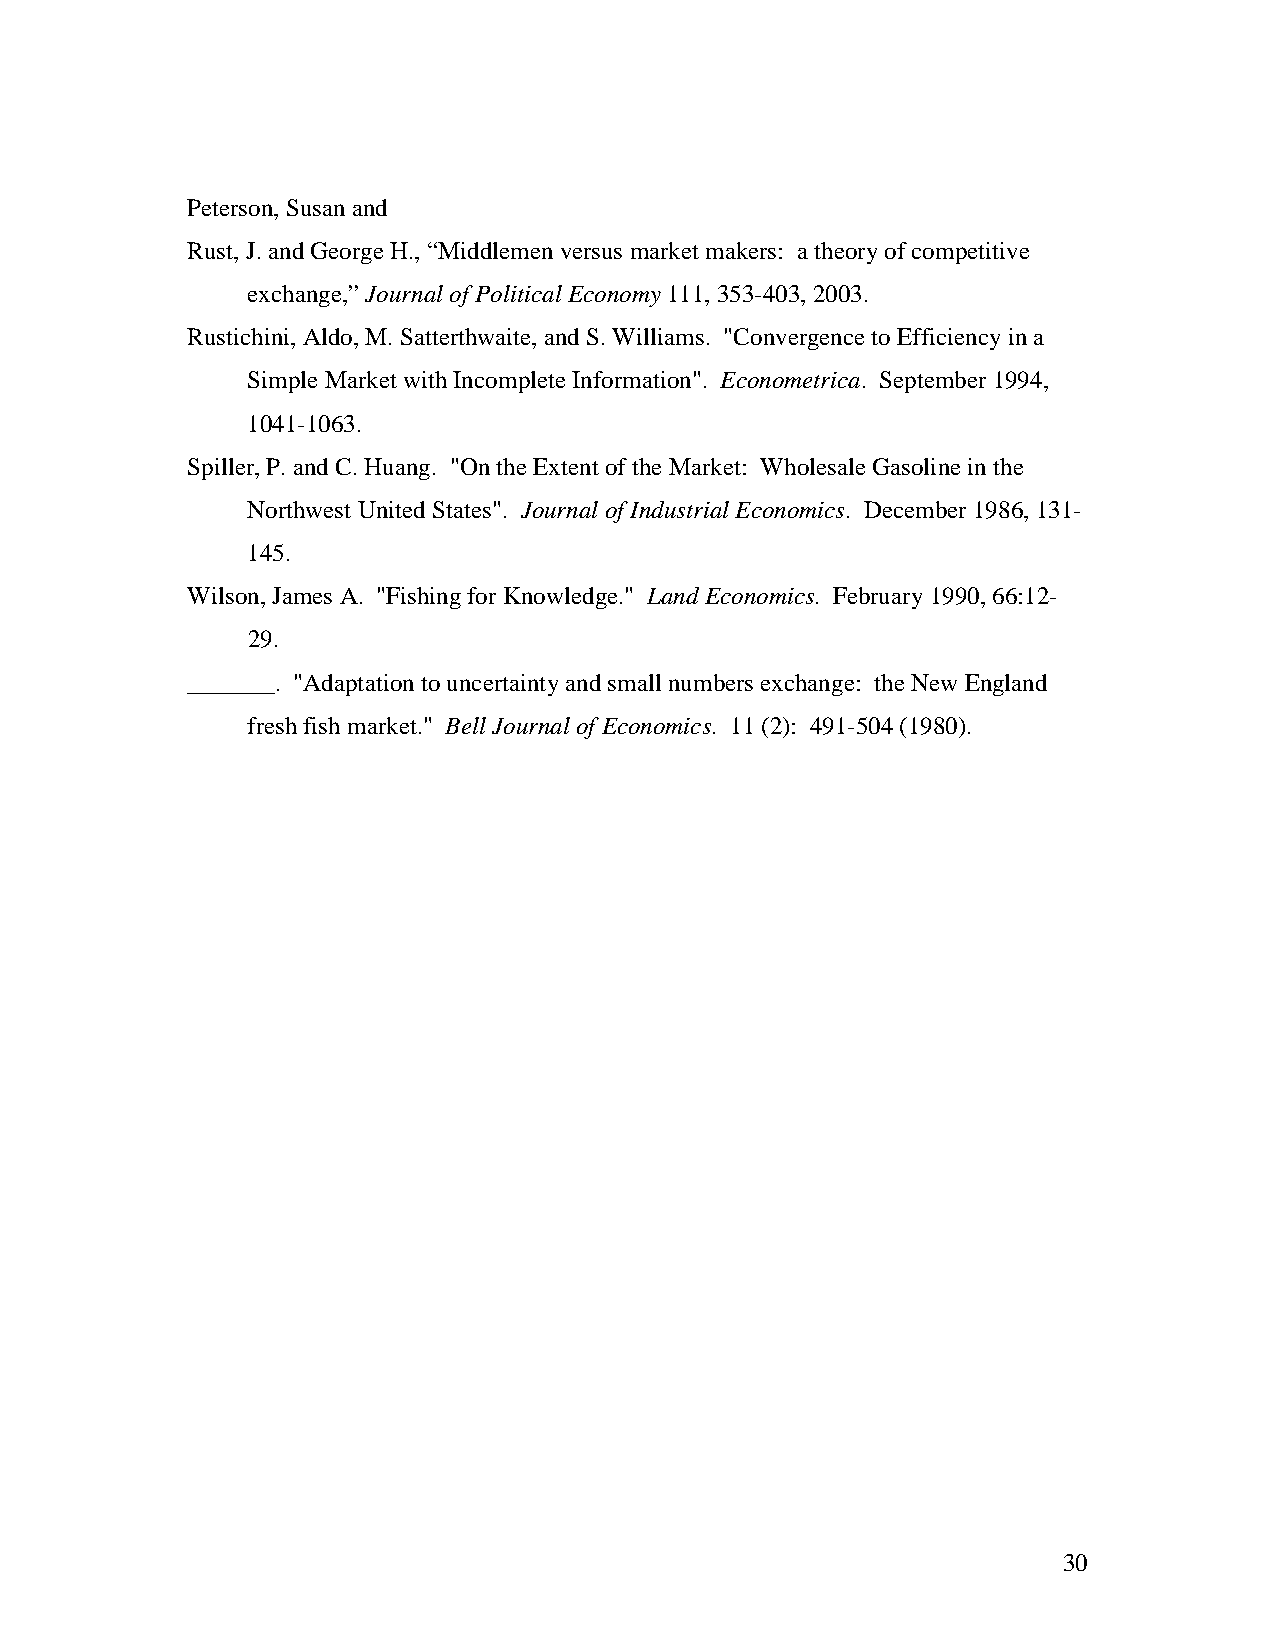
Peterson, Susan and
 Rust, J. and George H., “Middlemen versus market makers: a theory of competitive
 exchange,” Journal of Political Economy 111, 353-403, 2003.
 Rustichini, Aldo, M. Satterthwaite, and S. Williams. "Convergence to Efficiency in a
 Simple Market with Incomplete Information". Econometrica. September 1994,
 1041-1063.
 Spiller, P. and C. Huang. "On the Extent of the Market: Wholesale Gasoline in the
 Northwest United States". Journal of Industrial Economics. December 1986, 131-
 145.
 Wilson, James A. "Fishing for Knowledge." Land Economics. February 1990, 66:12-
 29.
 _______. "Adaptation to uncertainty and small numbers exchange: the New England
 fresh fish market." Bell Journal of Economics. 11 (2): 491-504 (1980).
 30